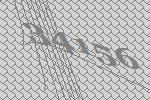
34156